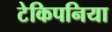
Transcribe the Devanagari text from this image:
टेकिपनिया